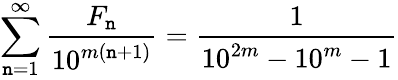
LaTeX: \sum_{\mathtt{n}=1}^{\infty}{\frac{{F_{\mathtt{n}}}}{{10^{m(\mathtt{n}+1)}}}}={\frac{{1}}{{10^{2m}-10^{m}-1}}}